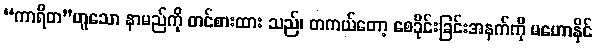
“ကာရိတ”ဟူသော နာမည်ကို တင်စားထား သည်၊ တကယ်တော့ စေခိုင်းခြင်းအနက်ကို မဟောနိုင်